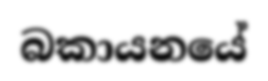
බකායනයේ